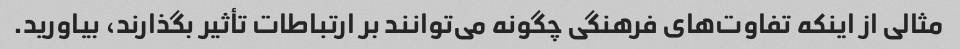
مثالی از اینکه تفاوت‌های فرهنگی چگونه می‌توانند بر ارتباطات تأثیر بگذارند، بیاورید.